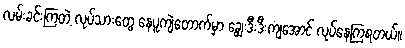
လမ်းခင်းကြတဲ့ လုပ်သားတွေ နေပူကျဲတောက်မှာ ချွေးဒီးဒီးကျအောင် လုပ်နေကြရတယ်။